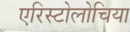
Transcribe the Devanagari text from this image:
एरिस्टोलोचिया